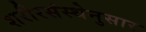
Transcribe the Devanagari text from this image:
शरीरसंस्थेनुसार